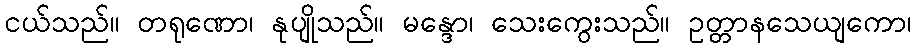
ငယ်သည်။ တရုဏော၊ နုပျိုသည်။ မန္ဒော၊ သေးကွေးသည်။ ဥတ္တာနသေယျကော၊